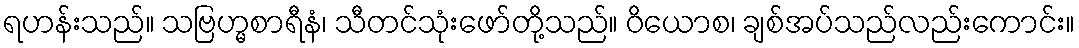
ရဟန်းသည်။ သဗြဟ္မစာရီနံ၊ သီတင်သုံးဖော်တို့သည်။ ဝိယောစ၊ ချစ်အပ်သည်လည်းကောင်း။